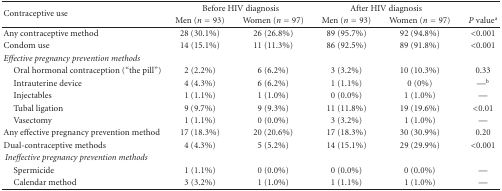
| <ROWSPAN=2> Contraceptive use | <COLSPAN=2> Before HIV diagnosis | <COLSPAN=2> After HIV diagnosis |  |
 | Men (n = 93) | Women (n = 97) | Men (n = 93) | Women (n = 97) | P valuea |
 | --- | --- | --- | --- | --- | --- |
 | Any contraceptive method | 28 (30.1%) | 26 (26.8%) | 89 (95.7%) | 92 (94.8%) | <0.001 |
 | Condom use | 14 (15.1%) | 11 (11.3%) | 86 (92.5%) | 89 (91.8%) | <0.001 |
 | Effective pregnancy prevention methods |  |  |  |  |  |
 | Oral hormonal contraception (“the pill”) | 2 (2.2%) | 6 (6.2%) | 3 (3.2%) | 10 (10.3%) | 0.33 |
 | Intrauterine device | 4 (4.3%) | 6 (6.2%) | 1 (1.1%) | 0 (0%) | —b |
 | Injectables | 1 (1.1%) | 1 (1.0%) | 0 (0.0%) | 1 (1.0%) | — |
 | Tubal ligation | 9 (9.7%) | 9 (9.3%) | 11 (11.8%) | 19 (19.6%) | <0.01 |
 | Vasectomy | 1 (1.1%) | 0 (0.0%) | 3 (3.2%) | 1 (1.0%) | — |
 | Any effective pregnancy prevention method | 17 (18.3%) | 20 (20.6%) | 17 (18.3%) | 30 (30.9%) | 0.20 |
 | Dual-contraceptive methods | 4 (4.3%) | 5 (5.2%) | 14 (15.1%) | 29 (29.9%) | <0.001 |
 | Ineffective pregnancy prevention methods |  |  |  |  |  |
 | Spermicide | 1 (1.1%) | 0 (0.0%) | 0 (0.0%) | 0 (0.0%) | — |
 | Calendar method | 3 (3.2%) | 1 (1.0%) | 1 (1.1%) | 1 (1.0%) | — |